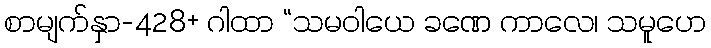
စာမျက်နှာ-428+ ဂါထာ “သမဝါယေ ခဏေ ကာလေ၊ သမူဟေ